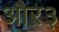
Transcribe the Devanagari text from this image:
और३